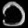
Digit: ၁